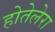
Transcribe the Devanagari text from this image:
होतेलेरा